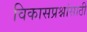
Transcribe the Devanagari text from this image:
विकासप्रश्नांसाठी